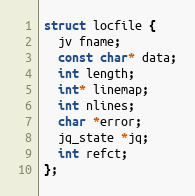
Language: C
struct locfile {
  jv fname;
  const char* data;
  int length;
  int* linemap;
  int nlines;
  char *error;
  jq_state *jq;
  int refct;
};